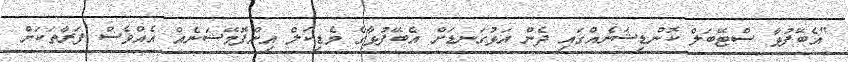
"އެބޭފުޅާ ސްޓޭބަލް ކޮންޑިޝަނެއްގައި ދެން އަޅުގަނޑަށް އެބޭފުޅާގެ މެޑިކަލް އިންފޮމޭޝަނެއް އެއްވެސް ފަރާތަކަށް